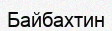
Байбахтин